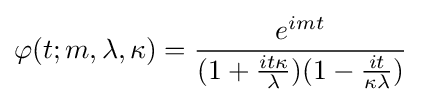
\varphi (t;m,\lambda ,\kappa )={\frac {e^{imt}}{(1+{\frac {it\kappa }{\lambda }})(1-{\frac {it}{\kappa \lambda }})}}